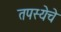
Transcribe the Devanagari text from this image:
तपस्येचे